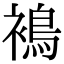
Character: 𧜣